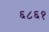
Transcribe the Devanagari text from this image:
६८६१